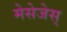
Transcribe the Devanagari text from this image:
मेसेजेस्